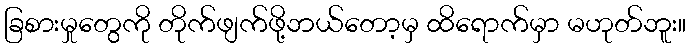
ခြစားမှုတွေကို တိုက်ဖျက်ဖို့ဘယ်တော့မှ ထိရောက်မှာ မဟုတ်ဘူး။